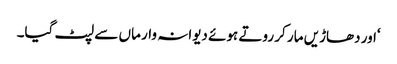
‘اور دھاڑیں مار کر روتے ہوئے دیوانہ وار ماں سے لپٹ گیا۔